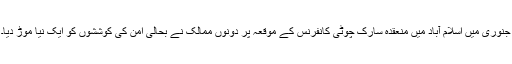
جنوری میں اسلام آباد میں منعقدہ سارک چوٹی کانفرنس کے موقعہ پر دونوں ممالک نے بحالی امن کی کوششوں کو ایک نیا موڑ دیا۔